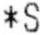
*S